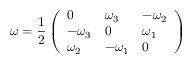
\omega = \frac { 1 } { 2 } \left( \begin{array} { l l l } { 0 } & { \omega _ { 3 } } & { - \omega _ { 2 } } \\ { - \omega _ { 3 } } & { 0 } & { \omega _ { 1 } } \\ { \omega _ { 2 } } & { - \omega _ { 1 } } & { 0 } \end{array} \right)